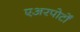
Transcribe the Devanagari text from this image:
एअरपोर्टों